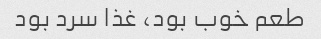
طعم خوب بود، غذا سرد بود